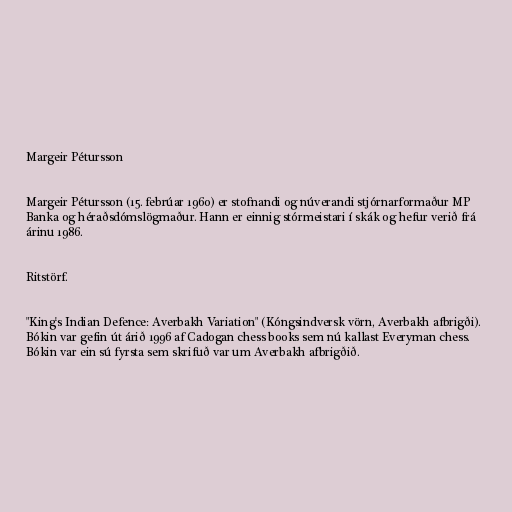
Margeir Pétursson

Margeir Pétursson (15. febrúar 1960) er stofnandi og núverandi stjórnarformaður MP
Banka og héraðsdómslögmaður. Hann er einnig stórmeistari í skák og hefur verið frá
árinu 1986.

Ritstörf.

"King's Indian Defence: Averbakh Variation" (Kóngsindversk vörn, Averbakh afbrigði).
Bókin var gefin út árið 1996 af Cadogan chess books sem nú kallast Everyman chess.
Bókin var ein sú fyrsta sem skrifuð var um Averbakh afbrigðið.